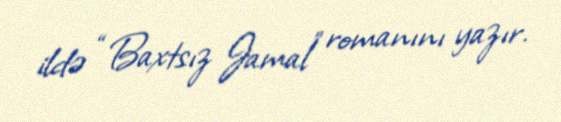
ildə “Baxtsız Jamal” romanını yazır.